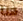
هنا